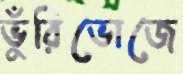
ভুঁরিভোজে